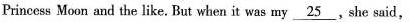
Princess Moon and the like. But when it was my \underline{25},she said,